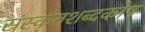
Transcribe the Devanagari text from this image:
संस्कृतशब्दकोष